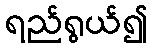
ရည်ရွယ်၍